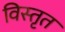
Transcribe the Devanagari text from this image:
विस्‍तृत